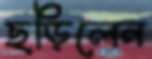
ছড়িলেন